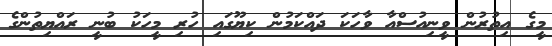
މީގެ އިތުރުން ވީނިއުސްއާ ވާހަކަ ދައްކަމުން ކިޔޫގައި ހުރި މީހަކު ބުނީ ރައްޔިތުންގެ